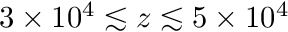
3 \times 1 0 ^ { 4 } \lesssim z \lesssim 5 \times 1 0 ^ { 4 }